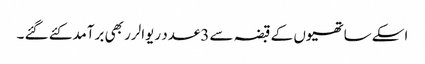
اسکے ساتھیوں کے قبضہ سے 3عدد ریوالرر بھی برآمدکئے گئے ۔